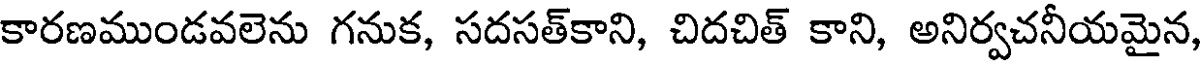
కారణముండవలెను గనుక, సదసత్కాని, చిదచిత్ కాని, అనిర్వచనీయమైన,